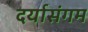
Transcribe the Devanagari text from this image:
दर्यासंगम